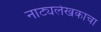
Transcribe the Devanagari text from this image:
नाट्यलेखकाचा